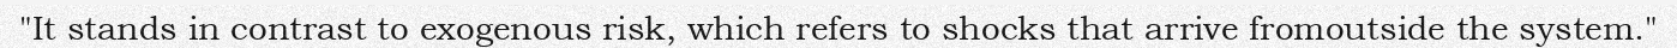
"It stands in contrast to exogenous risk, which refers to shocks that arrive fromoutside the system."